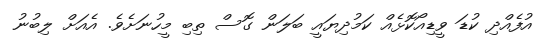
އުފެއްދި ކުޑަ ވީޑިއޯކޮޅެއް ކަމުދިޔައީ ބަލަން ގޮސް ތިބި މީހުނަށެވެ. އެއަށް ލިބުނު